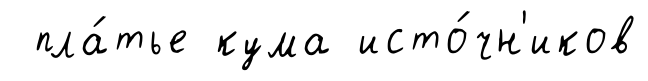
пла́тье кума исто́чн'иков